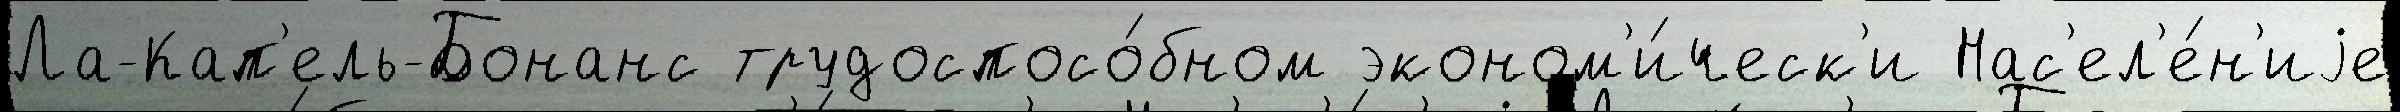
Ла-Кап'ель-Бонанс трудоспосо́бном эконом'и́ческ'и Нас'ел'е́н'иjе